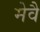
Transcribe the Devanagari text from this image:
मेवै